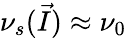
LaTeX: \nu_{s}(\vec{I})\approx\nu_{0}